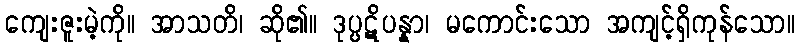
ကျေးဇူးမဲ့ကို။ အာသတိ၊ ဆို၏။ ဒုပ္ပဋိပန္နာ၊ မကောင်းသော အကျင့်ရှိကုန်သော။